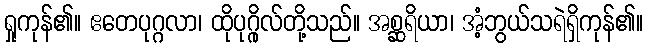
ရှုကုန်၏။ ဧတေပုဂ္ဂလာ၊ ထိုပုဂ္ဂိုလ်တို့သည်။ အစ္ဆရိယာ၊ အံ့ဘွယ်သရဲရှိကုန်၏။